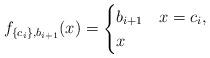
LaTeX: \begin{align*}f_{\{c_i\},b_{i+1}}(x)=\begin{cases}b_{i+1} & x=c_i,\\x & \end{cases}\end{align*}